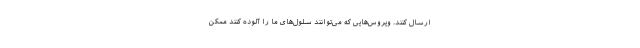
ارسال کنند. ویروس‌هایی که می‌توانند سلول‌های ما را آلوده کنند ممکن